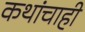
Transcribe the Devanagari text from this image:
कथांचाही